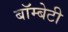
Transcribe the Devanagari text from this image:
बॉम्बेटी